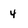
Character: 4